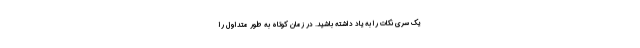
یک سری نکات را به یاد داشته باشید. در زمان کوتاه به طور متداول را